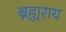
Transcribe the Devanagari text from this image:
ब्रह्यराय